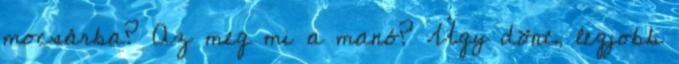
mocsárba? Az meg mi a manó? Úgy dönt, legjobb